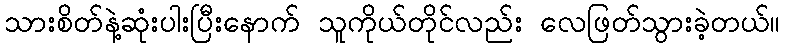
သားစိတ်နဲ့ဆုံးပါးပြီးနောက် သူကိုယ်တိုင်လည်း လေဖြတ်သွားခဲ့တယ်။